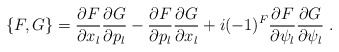
\begin{align*}\{ F,G\} = \frac{\partial F}{\partial x_l}\frac{\partial G}{\partial p_l} - \frac{\partial F}{\partial p_l}\frac{\partial G}{\partial x_l} +i(-1)^F \frac{\partial F}{\partial \psi_l}\frac{\partial G}{\partial \psi_l}\ . \end{align*}